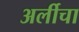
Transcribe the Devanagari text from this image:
अर्लीचा